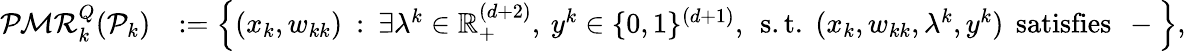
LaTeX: \begin{array}{rl}{\mathcal{PMR}_{k}^{Q}(\mathcal{P}_{k})}&{:=\Big\{ (x_{k},w_{kk})\: :\: \exists\lambda^{k}\in\mathbb{R}_{+}^{(d+2)},\: y^{k}\in\{ 0,1\} ^{(d+1)},\: \: \mathrm{s.t.}\: \: (x_{k},w_{kk},\lambda^{k},y^{k})\: \: \mathrm{satisfies}\: \: -\Big\} ,}\end{array}